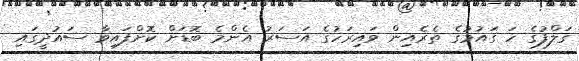
ގަލްފުގެ ހަ ގައުމުގެ ތެރެއިން ވައިރަހުގެ އަސަރު އެންމެ ބޮޑަށް ކޮށްފައިވާ ސައުދީގައި